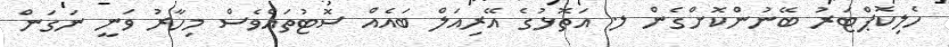
ހެލިކޮޕްޓަރު ބޭނުންކޮށްގެން ލ. އަތޮޅުގެ އޭރިއަލް ބައެއް ސޮޓުތައްވެސް މިހާރު ވަނީ ނަގަން